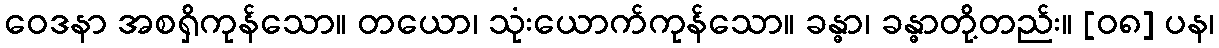
ဝေဒနာ အစရှိကုန်သော။ တယော၊ သုံးယောက်ကုန်သော။ ခန္ဓာ၊ ခန္ဓာတို့တည်း။ [၀၈] ပန၊